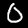
Label: 0